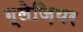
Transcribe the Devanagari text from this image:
ग्लेज़ियर